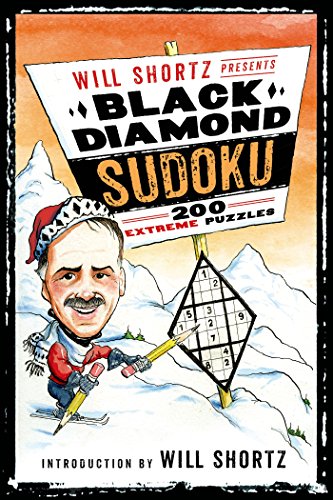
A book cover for Will Shortz Presents Black Diamond Sudoku: 200 Extreme Puzzles; Humor & Entertainment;